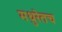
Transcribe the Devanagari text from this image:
मथुरेतच